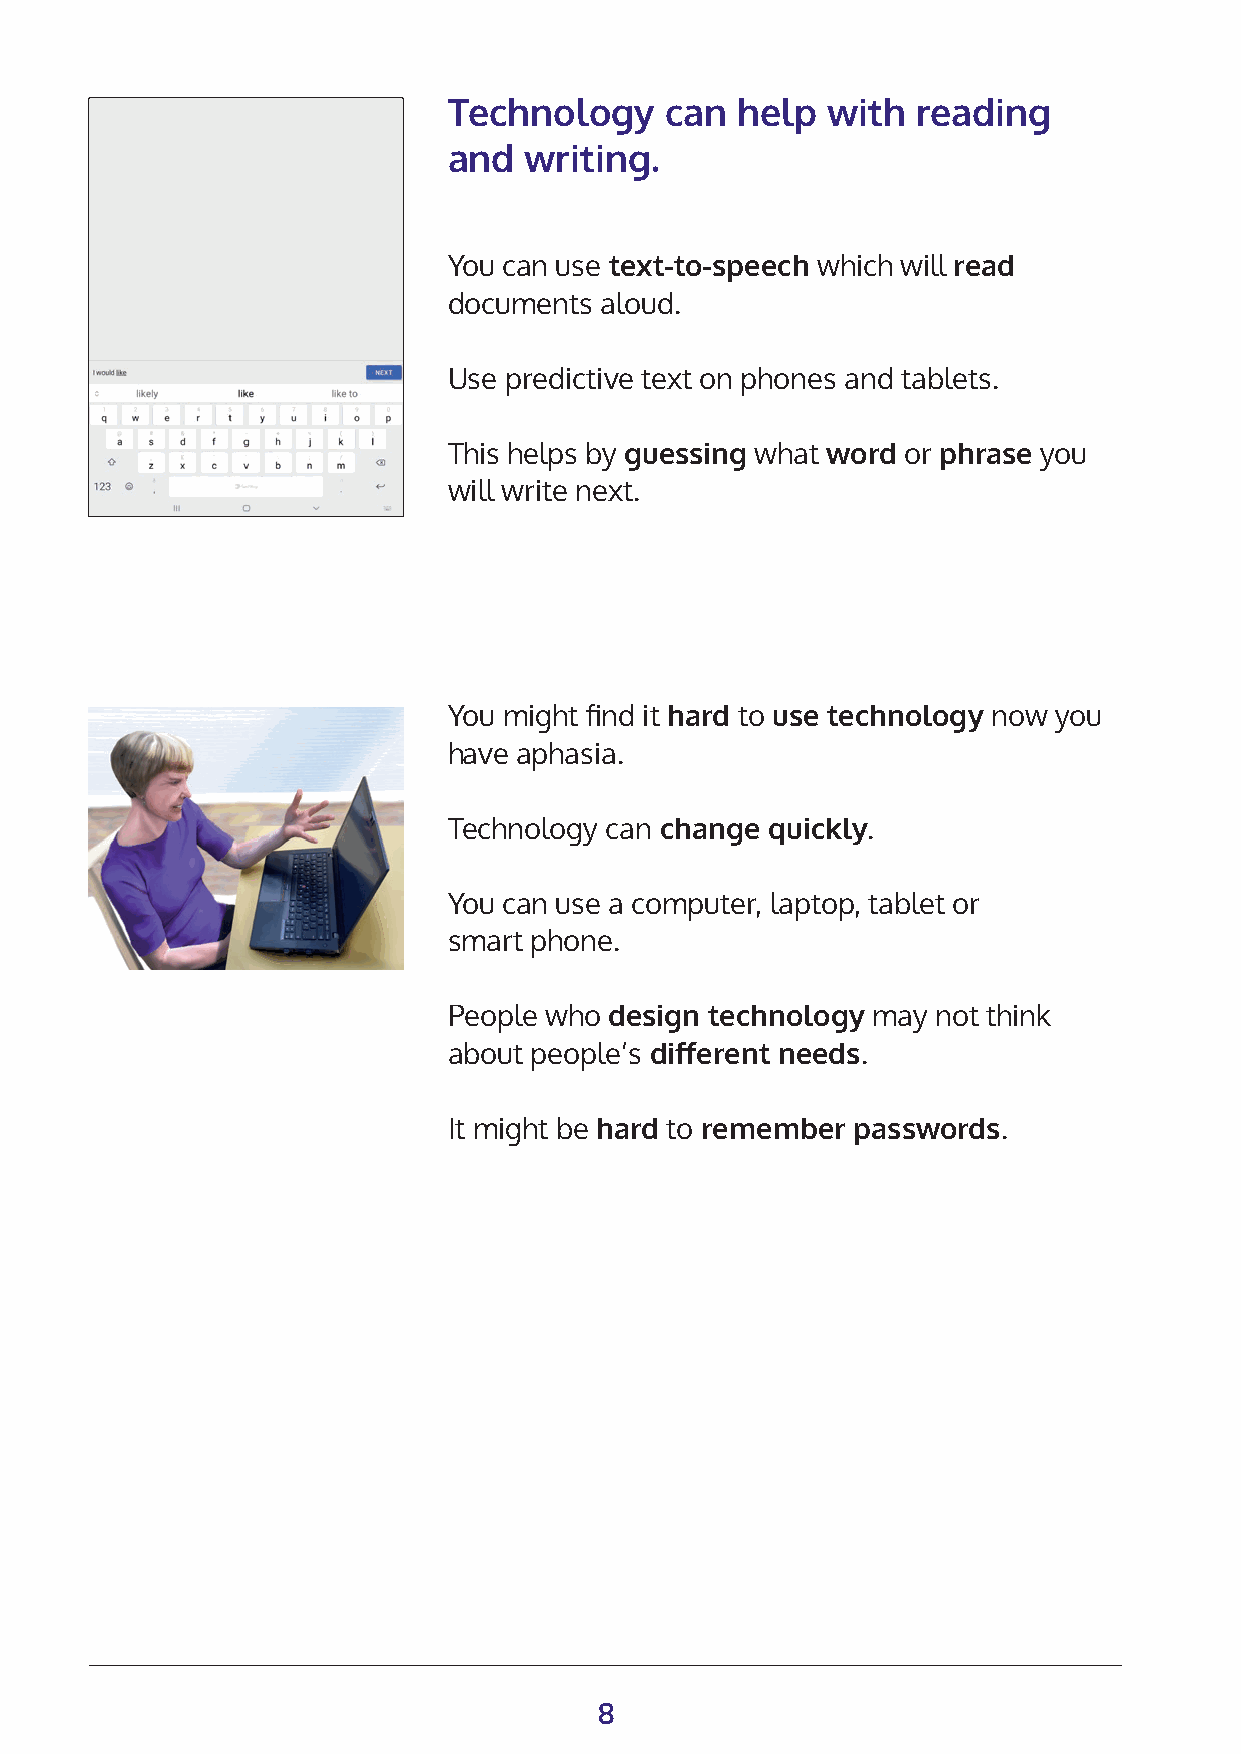
Technology    can  help  with  reading
 and  writing.
 You can use text-to-speech which will read
 documents aloud.
 Use predictive text on phones and tablets.
 This helps by guessing what word or phrase you
 will write next.
 You might find it hard to use technology now you
 have aphasia.
 Technology can change quickly.
 You can use a computer, laptop, tablet or
 smart phone.
 People who design technology may not think
 about people’s different needs.
 It might be hard to remember passwords.
 8